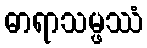
ဓာရာသမ္ဖဿံ